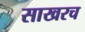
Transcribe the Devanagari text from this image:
साखरच